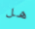
هل